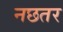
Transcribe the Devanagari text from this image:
नछतर